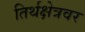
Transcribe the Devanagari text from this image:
तिर्थक्षेत्रवर